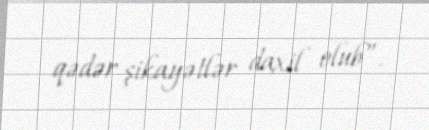
qədər şikayətlər daxil olub”.